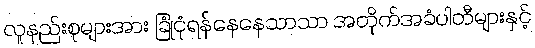
လူနည်းစုများအား ခြုံငုံရန်နေနေသာသာ အတိုက်အခံပါတီများနှင့်